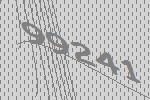
99241